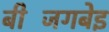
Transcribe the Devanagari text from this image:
बीजिंगबेइ